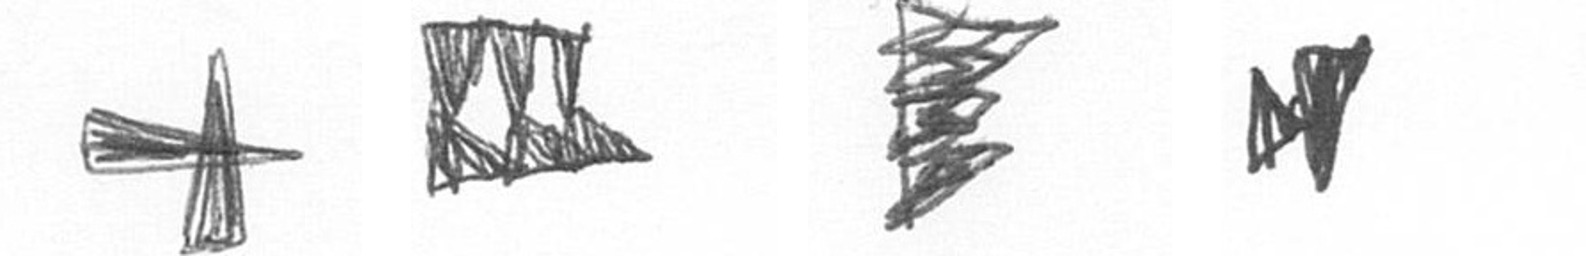
G D H M